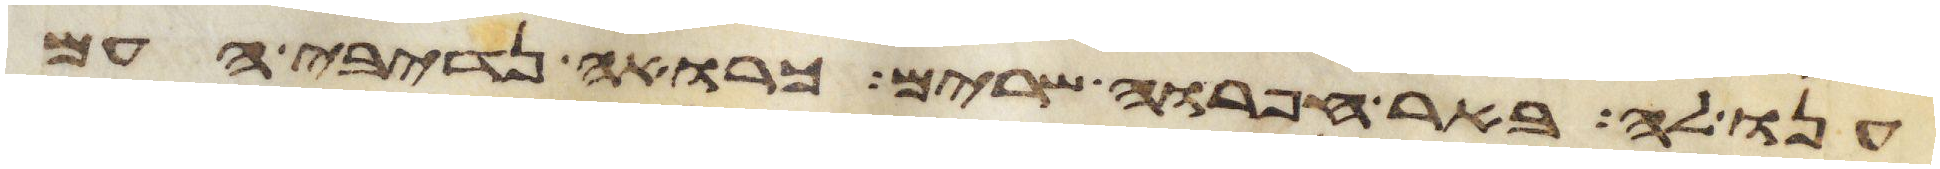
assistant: ענו לה באר חפרוה שרים כרואה נדיבי העם